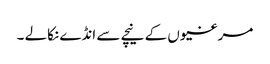
مرغیوں کے نیچے سے انڈے نکالے ۔